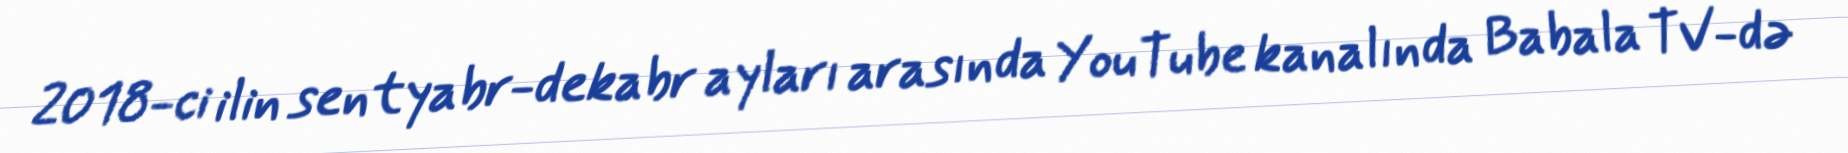
2018-ci ilin sentyabr-dekabr ayları arasında YouTube kanalında Babala TV-də